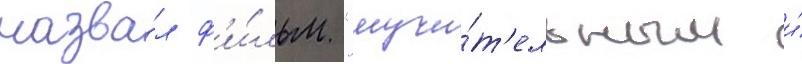
назва́л ф'и́льм "мучи́т'ельным и́